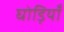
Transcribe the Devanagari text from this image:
घोड़ियाँ